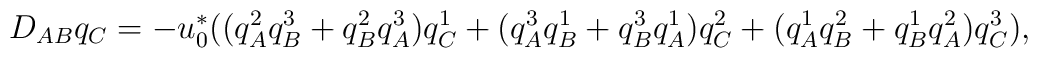
D_{AB} q_{C}=    - u_{0}^{*} ( (q_{A}^{2} q_{B}^{3} + q_{B}^{2} q_{A}^{3}) q_{C}^{1} +   (q_{A}^{3} q_{B}^{1} + q_{B}^{3} q_{A}^{1}) q_{C}^{2} +   (q_{A}^{1} q_{B}^{2} + q_{B}^{1} q_{A}^{2}) q_{C}^{3}) ,